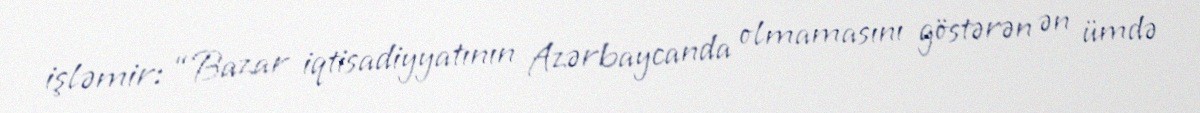
işləmir: “Bazar iqtisadiyyatının Azərbaycanda olmamasını göstərən ən ümdə